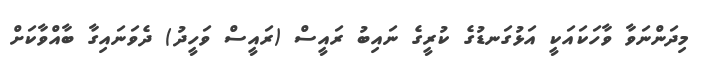
މިދަންނަވާ ވާހަކައަކީ އަޅުގަނޑުގެ ކުރީގެ ނައިބު ރައީސް (ރައީސް ވަހީދު) ދެވަނައިގާ ބާއްވާކަށް